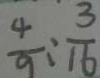
\frac { 4 } { 9 } : \frac { 3 } { 1 6 }